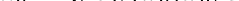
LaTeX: \smash{k_{0}\equiv\sqrt{\epsilon_{\mathrm{~L~}}(\omega_{0})}\omega_{0}/c}